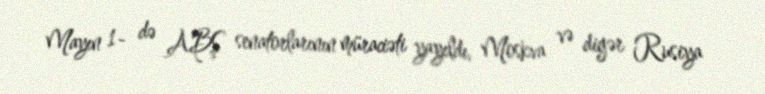
Mayın 1- də ABŞ senatorlarının müraciəti yayıldı, Moskva və digər Rusiya